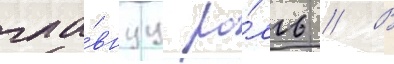
гла́внуу ро́ль // В